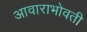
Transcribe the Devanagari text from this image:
आवाराभोवती